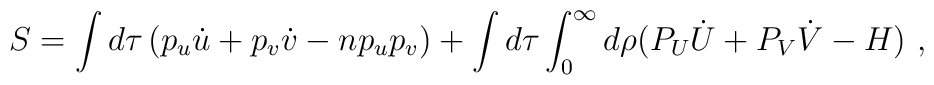
S = \int d\tau\left(p_u\dot{u} + p_v\dot{v} - np_up_v\right)  + \int d\tau\int_0^\infty d\rho(P_U\dot{U} + P_V\dot{V} - H)\ ,